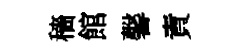
穡館馨責